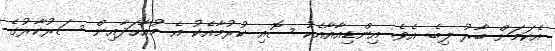
އެކަމަށް ބާރު ލިބެ އެވެ. އިންޑިއާއާއެކު ސޮއި ކުރުމާއެކު އެ މުއާހަދާއިން ސަރުކާރުގެ